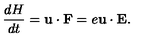
{ \frac { d H } { d t } } = { \bf u } \cdot { \bf F } = e { \bf u } \cdot { \bf E } .